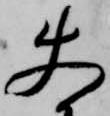
使